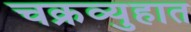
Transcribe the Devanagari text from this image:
चक्रव्युहात